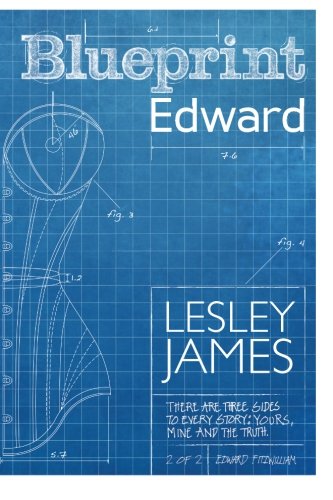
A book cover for Blueprint Edward; Lesley James; Romance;